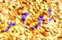
يوجد